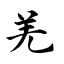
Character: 羌